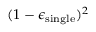
( 1 - \epsilon _ { \mathrm { s i n g l e } } ) ^ { 2 }